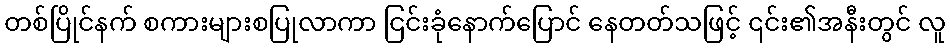
တစ်ပြိုင်နက် စကားများစပြုလာကာ ငြင်းခုံနောက်ပြောင် နေတတ်သဖြင့် ၎င်း၏အနီးတွင် လူ